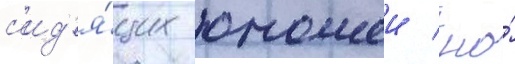
с'ид'я́щих юношеи / но́